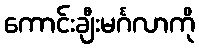
ကောင်းချီးမင်္ဂလာကို